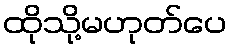
ထိုသို့မဟုတ်ပေ